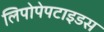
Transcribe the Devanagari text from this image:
लिपोपेपटाइडस